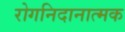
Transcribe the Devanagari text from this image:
रोगनिदानात्मक